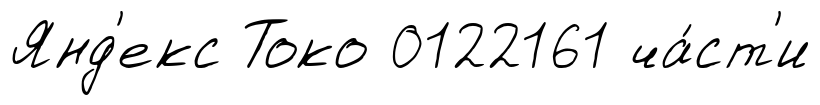
Янд'екс Токо 0122161 ча́ст'и